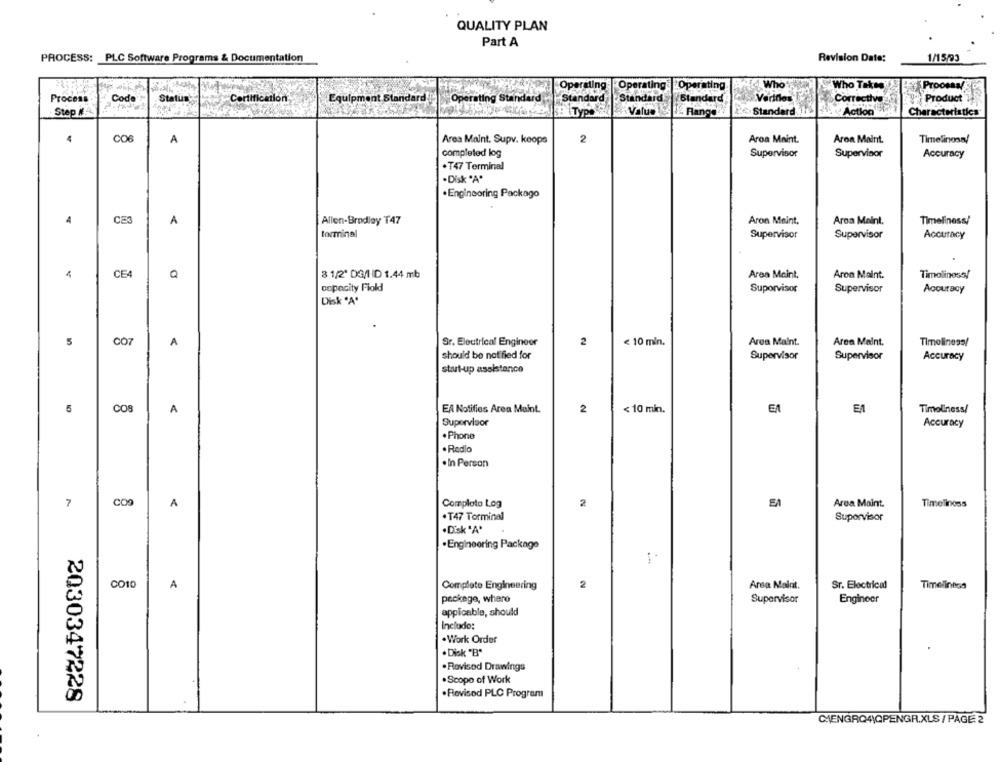
QUALITY PLAN
Part A
PROCESS: PLC Software Programs & Documentation
Revision Date:
1/15/93
Operating
Operating
Aid Who
Who Takes
SF Proosay
Operating
Process
Code
Status
Certification
Equipment Standard !!
Operating Standar
Standard
Standard
Standard
Veriflos
Correctivo
Product
Step #
Type
Value
Range
Standard
Action
Characteristics
CO6
2
4
A
Area Maint. Supv. keops
Aroa Maint.
Aroa Maint.
Timelinesa/
completed log
Supervisor
Supervisor
Accuracy
· T47 Terminal
.Disk "A"
. Engineoring Packago
A
A
Allen-Bradley T47
Aron Meint,
Aron Maint.
Timeliness/
terminal
Supervisor
Supervisor
Accuracy
4
CE4
3 1/2' DG/HD 1.44 mb
Area Meint.
Aron Maint.
Timoliness/
capacity Fiold
Suporvisor
Supervisor
Accuracy
Disk "A"
5
COT
A
Sr. Electrical Engineer
2
< 10 mln.
Area Maint.
Area Maint.
Timeliness/
should be notified for
Supervisor
Supervisor
Accuracy
start-up assistance
6
COS
A
EA Notifies Area Maint.
2
< 10 min.
EA
Timoliness/
Supervisor
Accuracy
. Phone
. Radio
. In Person
7
COD
A
Comploto Log
2
Area Maint.
Timeliness
.T47 Torminal
Supervisor
. Disk 'A'
.Engineering Package
CO10
A
Complete Engineering
2
Area Malat.
Sr. Electrical
Timeliness
package, where
Supervisor
Engineer
applicable, should
Include:
. Work Order
· Disk "B"
. Rovisod Drawings
.Scope of Work
. Revised PLC Program
2030347228
CHIENGRQ4QPENGR.XLS / PAGE 2